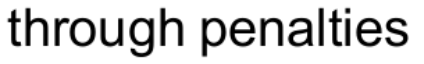
through penalties